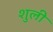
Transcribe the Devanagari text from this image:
शुली